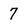
Character: 7